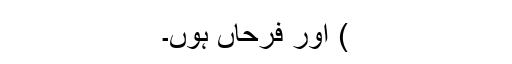
) اور فرحاں ہوں۔